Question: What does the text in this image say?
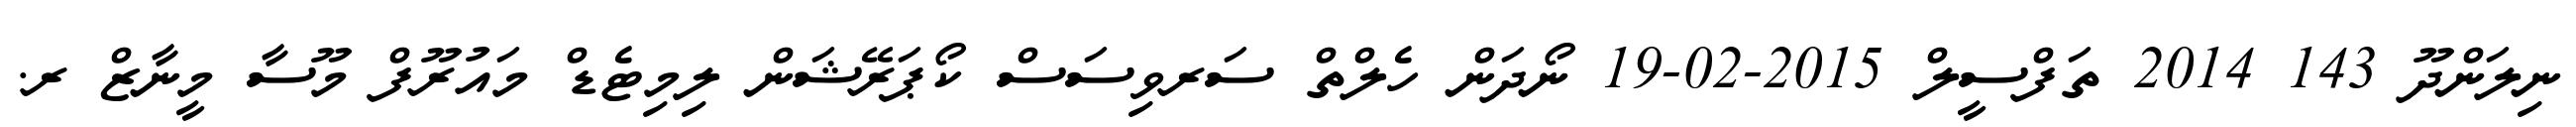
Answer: ނިލަންދޫ 143 2014 ތަފްސީލް 2015-02-19 ނޯދަން ހެލްތް ސަރވިސަސް ކޯޕަރޭޝަން ލިމިޓެޑް މައުރޫފް މޫސާ މީނާޒް ރ.